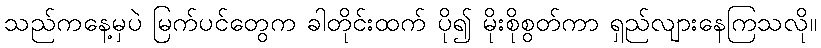
သည်ကနေ့မှပဲ မြက်ပင်တွေက ခါတိုင်းထက် ပို၍ မိုးစိုစွတ်ကာ ရှည်လျားနေကြသလို။